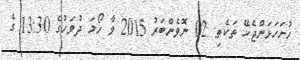
ހުށަހަޅަންޖެހޭ ތަކެތި: 02 ނޮވެންބަރު 2015 ވާ ހޯމަ ދުވަހުގެ 13:30 ގެ